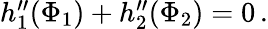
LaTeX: \begin{array}{r}{h_{1}^{\prime\prime}(\Phi_{1})+h_{2}^{\prime\prime}(\Phi_{2})=0\, .}\end{array}